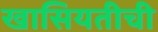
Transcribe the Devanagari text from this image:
खासियतीची